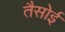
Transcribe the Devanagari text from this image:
तैसोई